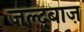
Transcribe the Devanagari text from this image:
जल्दबाज़